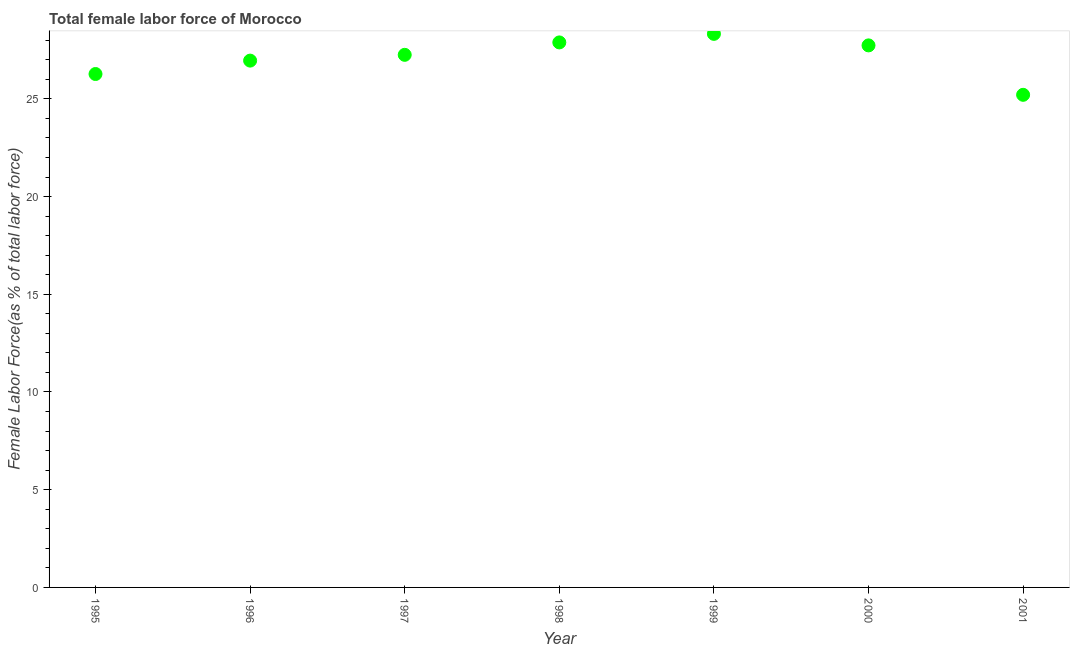
| Year | Female Labor force |
 | --- | --- |
 | 1995 | 26.3 |
 | 1996 | 27 |
 | 1997 | 27.3 |
 | 1998 | 27.9 |
 | 1999 | 28.3 |
 | 2000 | 27.7 |
 | 2001 | 25.2 |